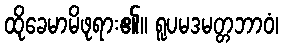
ထိုခေမာမိဖုရား၏။ ရူပမဒမတ္တဘာဝံ၊